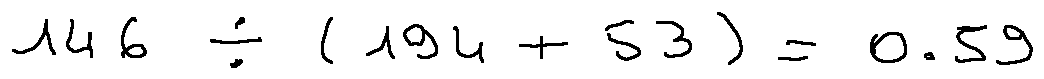
1 4 6 \div ( 1 9 4 + 5 3 ) = 0 . 5 9